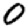
Digit: 0